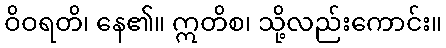
ဝိဝရတိ၊ နေ၏။ ဣတိစ၊ သို့လည်းကောင်း။